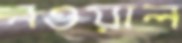
নওয়াল